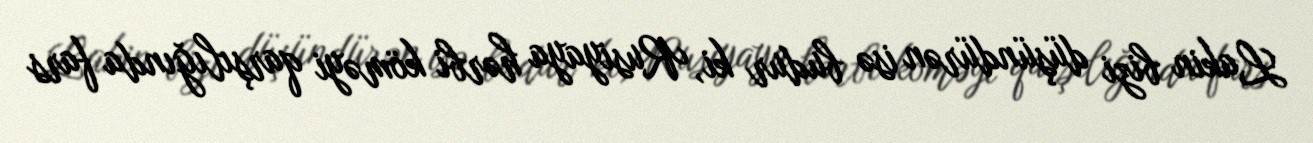
Lakin bizi düşündürən isə budur ki, Rusiyaya hərbi köməyi qarşılığında fars